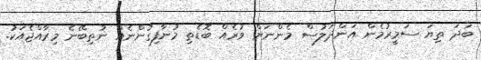
ބަދަ ތިޔަ ސަމީރުމެން އަންދަލުސް މެންނަށް ވުރެއް ބޮޑެތި މުނާފިގުންނެއް ނުތިބޭނެ މިރާއްޖެއަކު.